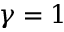
\gamma = 1